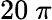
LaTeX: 20~\pi